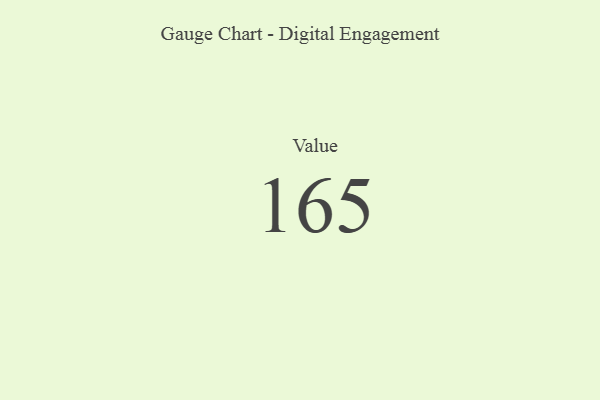
{"axis": {"x": "Metric", "y": "Value"}, "legend": [""], "data": [{"x": "Value", "y": 165, "type": ""}]}